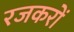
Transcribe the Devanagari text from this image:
रजकरों